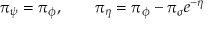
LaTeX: { \pi } _ { \psi } = { \pi } _ { \phi } , \qquad { \pi } _ { \eta } = { \pi } _ { \phi } - { \pi } _ { \sigma } e ^ { - \eta }